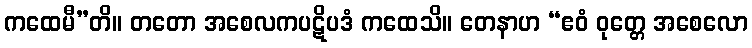
ကထေမီ”တိ။ တတော အစေလကပဋိပဒံ ကထေသိ။ တေနာဟ “ဧဝံ ဝုတ္တေ အစေလော